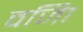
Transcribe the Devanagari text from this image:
वजिा